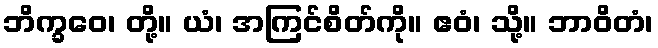
ဘိက္ခဝေ၊ တို့။ ယံ၊ အကြင်စိတ်ကို။ ဧဝံ၊ သို့။ ဘာဝိတံ၊